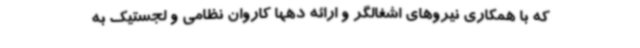
که با همکاری نیروهای اشغالگر و ارائه دهها کاروان نظامی و لجستیک به